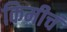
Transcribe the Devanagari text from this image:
किमीचं